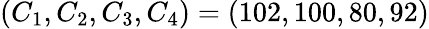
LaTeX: (C_{1},C_{2},C_{3},C_{4})=(102,100,80,92)